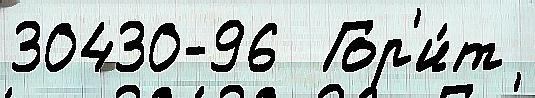
30430-96  Гор'и́т